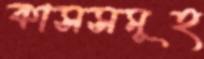
কাসসমূহ